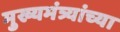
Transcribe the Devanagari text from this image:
मुख्यमंत्र्यांच्‍या